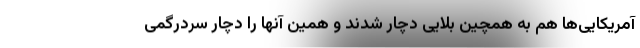
آمریکایی‌ها هم به همچین بلایی دچار شدند و همین آنها را دچار سردرگمی